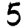
Digit: 5